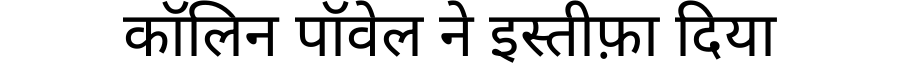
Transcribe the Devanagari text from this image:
कॉलिन पॉवेल ने इस्तीफ़ा दिया